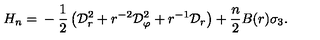
H _ { n } = { } - \frac 1 2 \left( { \cal D } _ { r } ^ { 2 } + r ^ { - 2 } { \cal D } _ { \varphi } ^ { 2 } + r ^ { - 1 } { \cal D } _ { r } \right) + \frac n 2 B ( r ) \sigma _ { 3 } .